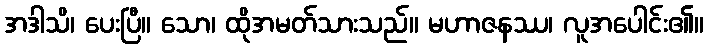
အဒါသိ၊ ပေးပြီ။ သော၊ ထိုအမတ်သားသည်။ မဟာဇနဿ၊ လူအပေါင်း၏။